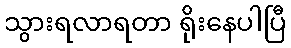
သွားရလာရတာ ရိုးနေပါပြီ